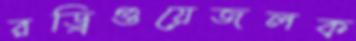
রড্রিগুয়েজলক্